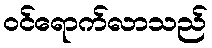
ဝင်ရောက်လာသည်